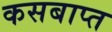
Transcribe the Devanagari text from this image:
कसबाप्त